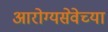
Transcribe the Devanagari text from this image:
आरोग्यसेवेच्या